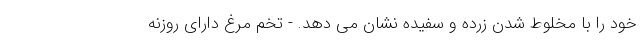
خود را با مخلوط شدن زرده و سفیده نشان می دهد. - تخم مرغ دارای روزنه